Indian journal of veterinary science and animal husbandry - Volumes 26-27, 1956-1957
Year: 1956
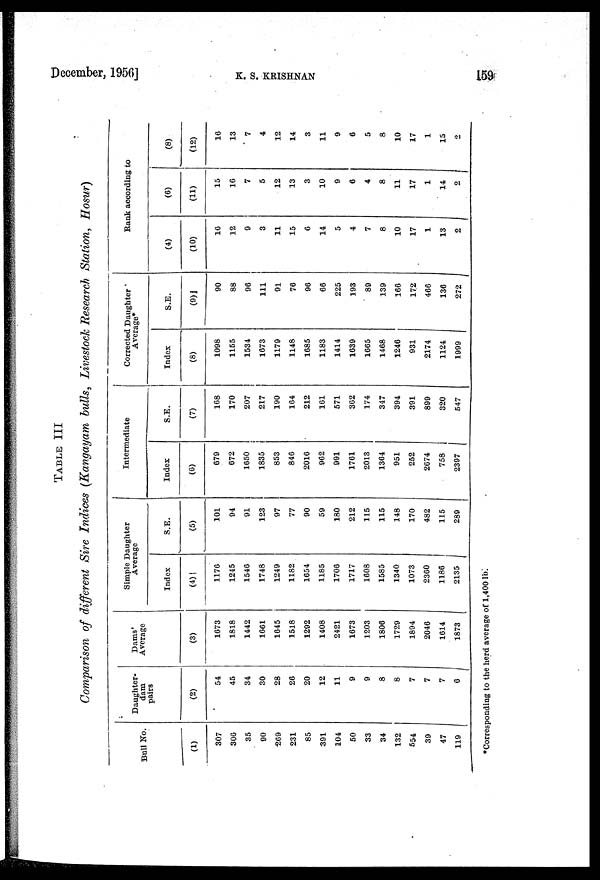
December, 1956]
K.
S.
KRISHNAN
159
TABLE III
Comparison of different Sire Indices (Kangayam bulls, Livestock Research Station, Hosur)
Bull No.
(1)
307
306
35
90
269
231
85
391
104
50
33
34
132
554
39
47
119
Daughter-
dam
pairs
(2)
54
45
34
30
28
26
20
12
11
9
9
8
8
7
7
7
6
Dams'
Average
(3)
1673
1818
1442
1661
1645
1518
1292
1408
2421
1673
1203
1806
1729
1894
2046
1614
1873
Simple Daughter
Average
Index
(4)
1176
1245
1546
1748
1249
1182
1654
1185
1706
1717
1608
1585
1340
1073
2360
1186
2135
S.E.
(5)
101
94
91
123
97
77
90
59
180
212
115
115
148
170
482
115
289
Intermediate
Index
(6)
679
672
1650
1835
853
846
2016
962
991
1761
2013
1364
951
252
2674
758
2397
S.E.
(7)
168
170
207
217
190
164
212
161
571
362
174
347
394
391
899
320
547
Corrected Daughter
Average*
Index
(8)
1098
1155
1534
1673
1179
1148
1685
1183
1414
1639
1665
1468
1246
931
2174
1124
1999
S.E.
(9)
90
88
96
111
91
76
96
66
225
193
89
139
166
172
466
136
272
Rank according to
(4)
(10)
16
12
9
3
11
15
6
14
5
4
7
8
10
17
1
13
2
(6)
(11)
15
16
7
5
12
13
3
10
9
6
4
8
11
17
1
14
2
(8)
(12)
16
13
7
4
12
14
3
11
9
6
5
8
10
17
1
15
2
*Corresponding to the herd average of 1,400 lb.